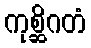
ကုစ္ဆိဂတံ